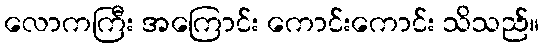
လောကကြီး အကြောင်း ကောင်းကောင်း သိသည်။